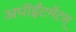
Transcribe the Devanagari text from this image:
अपॉईंटमेंटस्